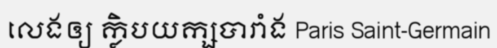
លេងឲ្យ ក្លិបយក្សបារាំង Paris Saint-Germain